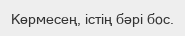
Көрмесең, істің бәрі бос.